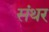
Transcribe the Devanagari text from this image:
संथर